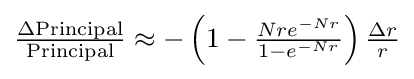
\textstyle {\frac {\Delta {\rm {Principal}}}{\rm {Principal}}}\approx -\left(1-{\frac {Nre^{-Nr}}{1-e^{-Nr}}}\right){\frac {\Delta r}{r}}